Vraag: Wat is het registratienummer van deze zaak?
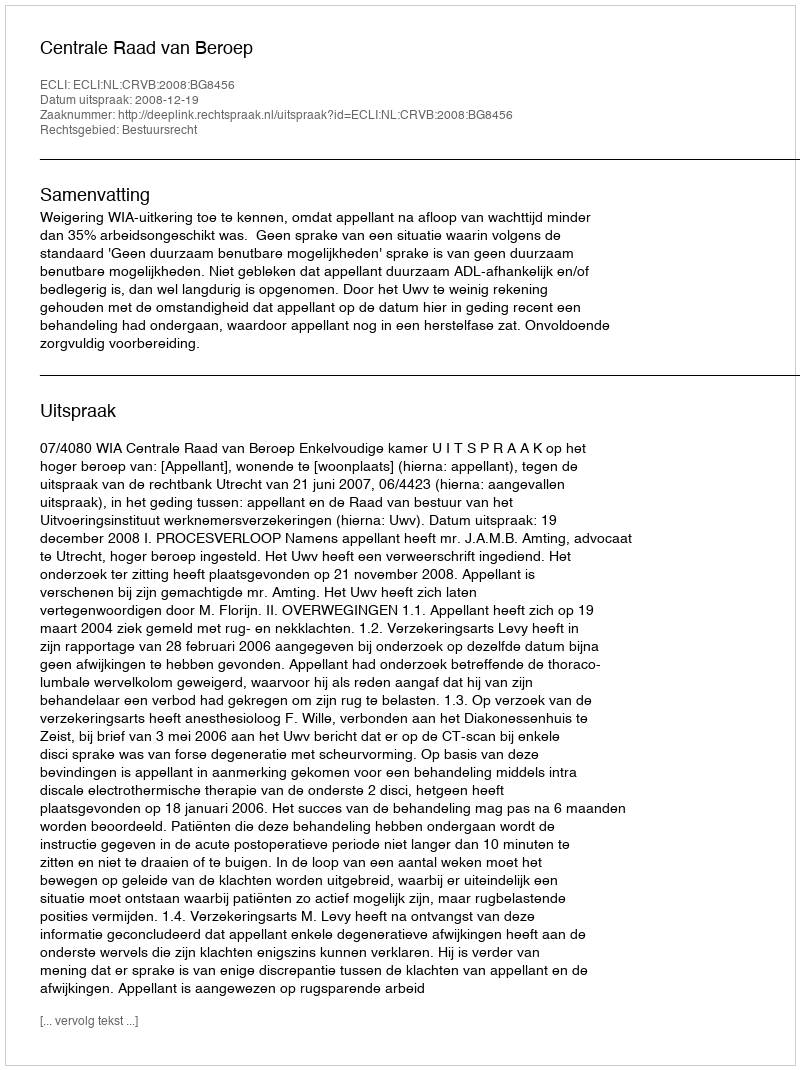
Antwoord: http://deeplink.rechtspraak.nl/uitspraak?id=ECLI:NL:CRVB:2008:BG8456